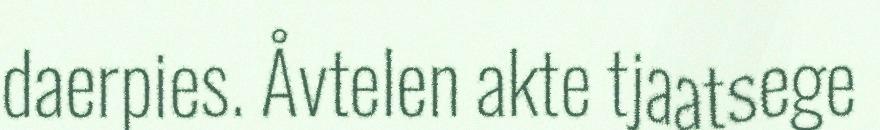
daerpies. Åvtelen akte tjaatsege